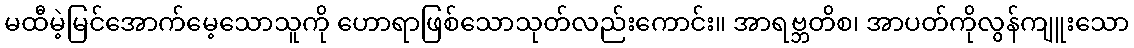
မထီမဲ့မြင်အောက်မေ့သောသူကို ဟောရာဖြစ်သောသုတ်လည်းကောင်း။ အာရဗ္ဘတိစ၊ အာပတ်ကိုလွန်ကျူးသော